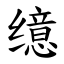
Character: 𫄷